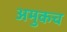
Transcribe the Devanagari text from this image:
अमुकच